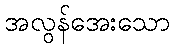
အလွန်အေးသော